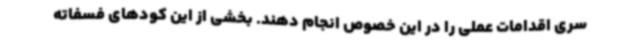
سری اقدامات عملی را در این خصوص انجام دهند. بخشی از این کودهای فسفاته